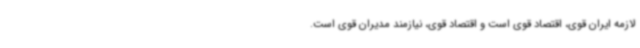
لازمه ایران قوی، اقتصاد قوی است و اقتصاد قوی، نیازمند مدیران قوی است.